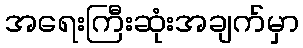
အရေးကြီးဆုံးအချက်မှာ